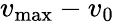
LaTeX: v_{\textrm{max}}-v_{0}